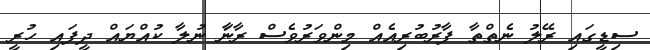
ސިޑީގައި ރޭލު ނެތްތާ ފާރުބުރިއެއް މިންވަރުވެސް ރާނަާ ނުލާ ކުއްޔައް ދީފައި ހުރީ